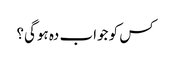
کس کو جواب دہ ہوگی؟